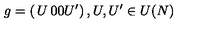
g = \left( \begin{matrix} { U } & { 0 } \\ { 0 } & { U ^ { \prime } } \\ \end{matrix} \right) , U , U ^ { \prime } \in U ( N )